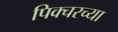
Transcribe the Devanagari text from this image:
पिक्चरच्या